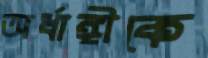
অর্ধাঙ্গীকে